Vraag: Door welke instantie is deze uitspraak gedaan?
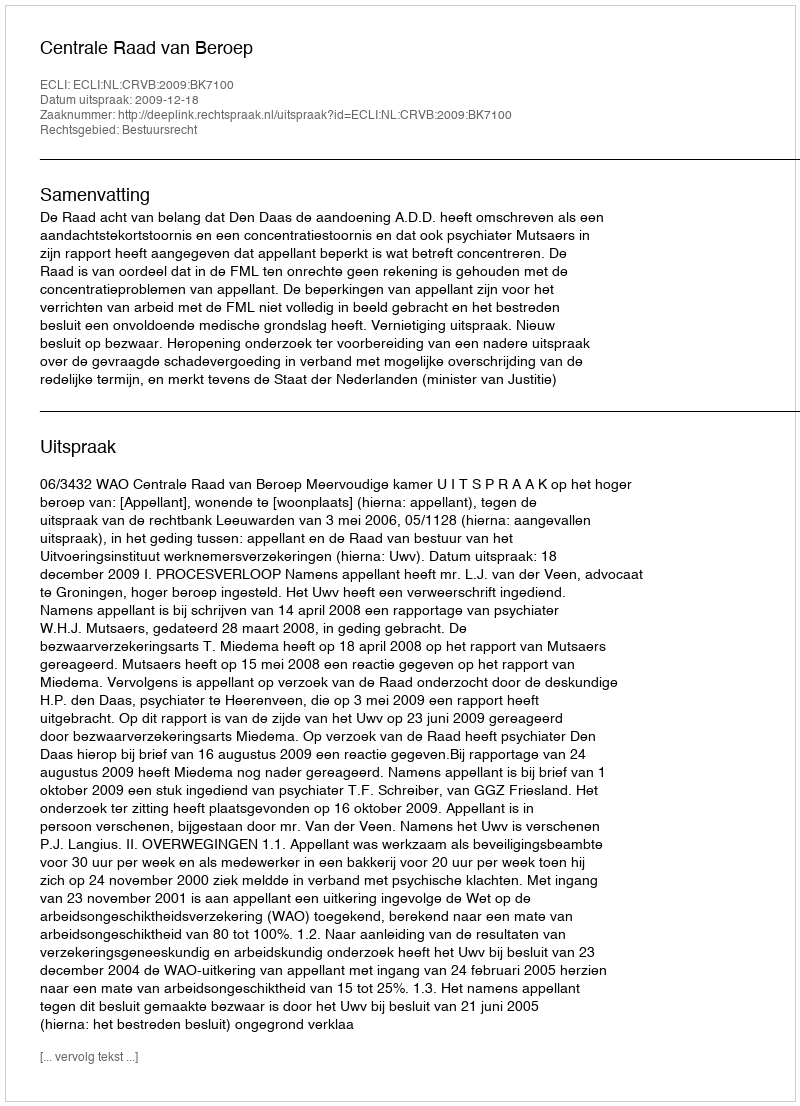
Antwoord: Centrale Raad van Beroep